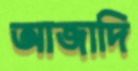
আজাদি